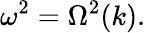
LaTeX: \omega^{2}=\Omega^{2}(k).